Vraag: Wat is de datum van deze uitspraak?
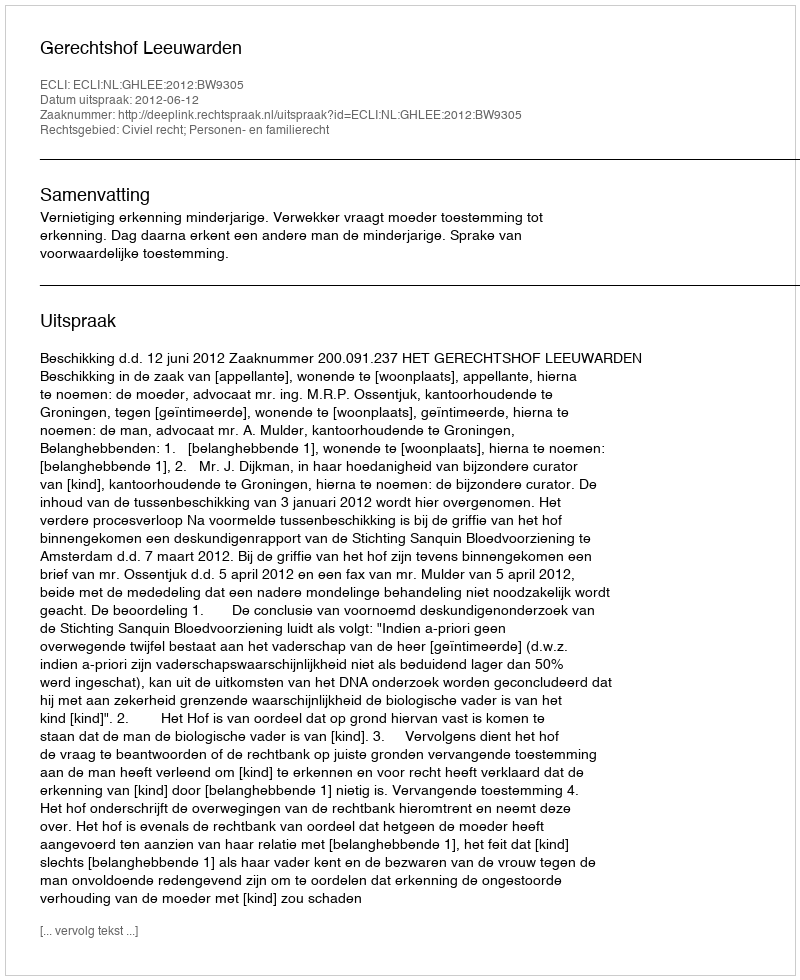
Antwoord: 2012-06-12